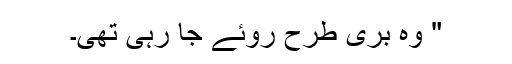
" وہ بری طرح روئے جا رہی تھی۔